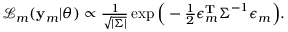
\begin{array} { r } { \mathcal { L } _ { m } ( \mathbf { y } _ { m } | \boldsymbol { \theta } ) \propto \frac { 1 } { \sqrt { | \boldsymbol { \Sigma } | } } \exp \Big ( - \frac { 1 } { 2 } \boldsymbol { \epsilon } _ { m } ^ { \mathbf { T } } \boldsymbol { \Sigma } ^ { - 1 } \boldsymbol { \epsilon } _ { m } \Big ) . } \end{array}